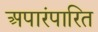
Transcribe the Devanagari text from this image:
अपारंपारित